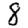
Digit: 8